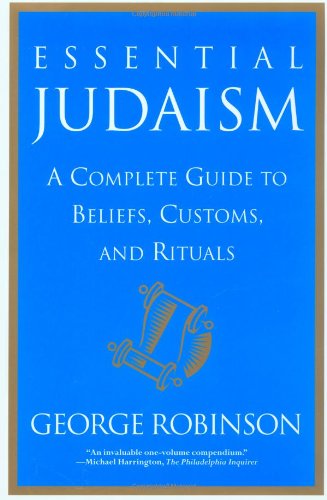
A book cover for Essential Judaism: A Complete Guide to Beliefs, Customs & Rituals; George Robinson; Reference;